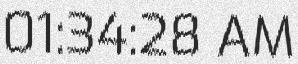
01:34:28 AM